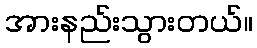
အားနည်းသွားတယ်။